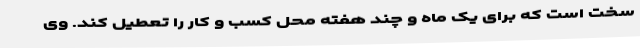
سخت است که برای یک ماه و چند هفته محل کسب و کار را تعطیل کند. وی